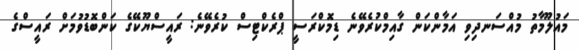
މައުލޫމާތު މުއްސަނދިވި އަމާންކަން ގާއިމްކުރެވޭނެ ޑިމޮކްރަސީ ޕްރެކްޓިސް ކުރެވޭނެ: ރައީސްޔޫކޭގެ ކަންބޮޑުވުމަށް ރައީސްގެ